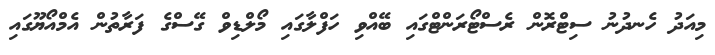
މިއަދު ހެނދުނު ސިޓްރޮން ރެސްޓޯރަންޓްގައި ބޭއްވި ހަފްލާގައި މޯލްޑިވް ގޭސްގެ ފަރާތުން އެމްއޯޔޫގައި